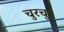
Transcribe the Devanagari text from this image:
चुरचुर